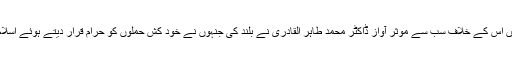
آج کے دہشتگردی کے ماحول میں اس کے خلاف سب سے موثر آواز ڈاکٹر محمد طاہر القادری نے بلند کی جنہوں نے خود کش حملوں کو حرام قرار دیتے ہوئے اسلام کی تعلیمات کے منافی قرار دیا۔